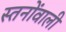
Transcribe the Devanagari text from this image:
स्तनोंवाली